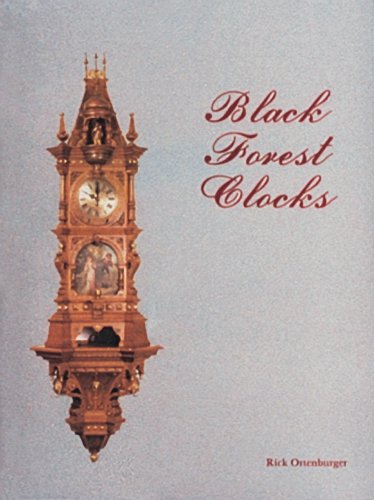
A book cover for Black Forest Clocks; Rick Ortenburger; Crafts, Hobbies & Home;